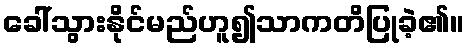
ခေါ်သွားနိုင်မည်ဟူ၍သာကတိပြုခဲ့၏။